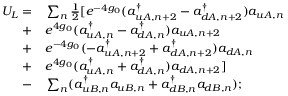
\begin{array} { r l } { U _ { L } = } & { { } \sum _ { n } \frac { 1 } { 2 } [ e ^ { - 4 g _ { 0 } } ( a _ { u A , n + 2 } ^ { \dagger } - a _ { d A , n + 2 } ^ { \dagger } ) a _ { u A , n } } \\ { + } & { { } e ^ { 4 g _ { 0 } } ( a _ { u A , n } ^ { \dagger } - a _ { d A , n } ^ { \dagger } ) a _ { u A , n + 2 } } \\ { + } & { { } e ^ { - 4 g _ { 0 } } ( - a _ { u A , n + 2 } ^ { \dagger } + a _ { d A , n + 2 } ^ { \dagger } ) a _ { d A , n } } \\ { + } & { { } e ^ { 4 g _ { 0 } } ( a _ { u A , n } ^ { \dagger } + a _ { d A , n } ^ { \dagger } ) a _ { d A , n + 2 } ] } \\ { - } & { { } \sum _ { n } ( a _ { u B , n } ^ { \dagger } a _ { u B , n } + a _ { d B , n } ^ { \dagger } a _ { d B , n } ) ; } \end{array}